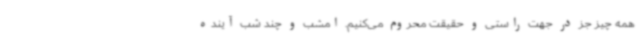
همه چیز جز در جهت راستی و حقیقت محروم می‌کنیم. امشب و چند شب آینده